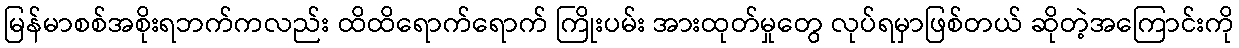
မြန်မာစစ်အစိုးရဘက်ကလည်း ထိထိရောက်ရောက် ကြိုးပမ်း အားထုတ်မှုတွေ လုပ်ရမှာဖြစ်တယ် ဆိုတဲ့အကြောင်းကို